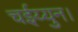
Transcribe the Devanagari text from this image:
चईय्युन।